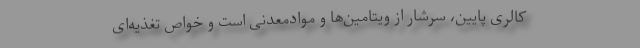
کالری پایین، سرشار از ویتامین‌ها و موادمعدنی است و خواص تغذیه‌ای